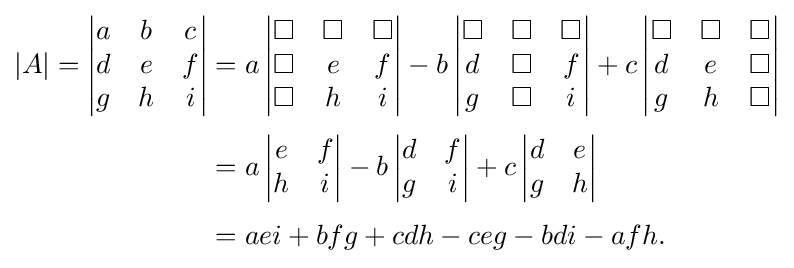
{\begin{aligned}|A|={\begin{vmatrix}a&b&c\\d&e&f\\g&h&i\end{vmatrix}}&=a\,{\begin{vmatrix}\Box &\Box &\Box \\\Box &e&f\\\Box &h&i\end{vmatrix}}-b\,{\begin{vmatrix}\Box &\Box &\Box \\d&\Box &f\\g&\Box &i\end{vmatrix}}+c\,{\begin{vmatrix}\Box &\Box &\Box \\d&e&\Box \\g&h&\Box \end{vmatrix}}\\[3pt]&=a\,{\begin{vmatrix}e&f\\h&i\end{vmatrix}}-b\,{\begin{vmatrix}d&f\\g&i\end{vmatrix}}+c\,{\begin{vmatrix}d&e\\g&h\end{vmatrix}}\\[3pt]&=aei+bfg+cdh-ceg-bdi-afh.\end{aligned}}